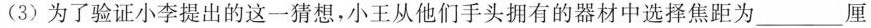
(3)为了验证小李提出的这一猜想，小王从他们手头拥有的器材中选择焦距为___厘